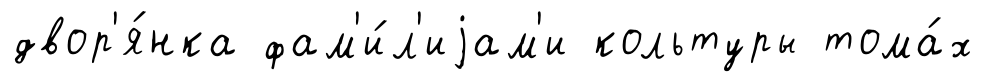
двор'я́нка фам'и́л'иjам'и кольтуры тома́х